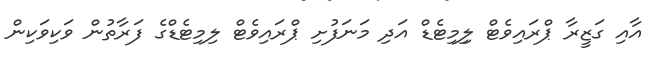
އާއި ގަޒީރާ ޕްރައިވެޓް ލިިމިޓެޑް އަދި މަނަފުށި ޕްރައިވެޓް ލިމިޓެޑްގެ ފަރާތުން ވަކިވަކިން